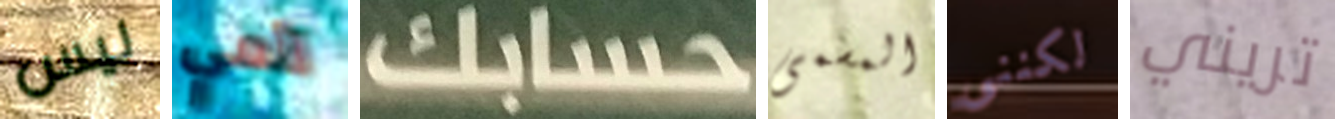
ليس لأمي حسابك المسمى لكننى تريني